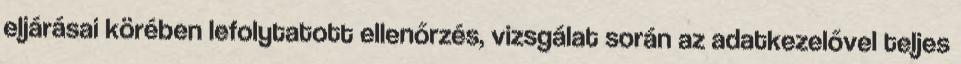
eljárásai körében lefolytatott ellenőrzés, vizsgálat során az adatkezelővel teljes